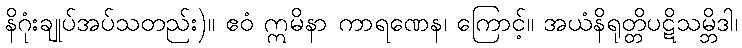
နိဂုံးချုပ်အပ်သတည်း)။ ဧဝံ ဣမိနာ ကာရဏေန၊ ကြောင့်။ အယံနိရုတ္တိပဋိသမ္ဘိဒါ၊